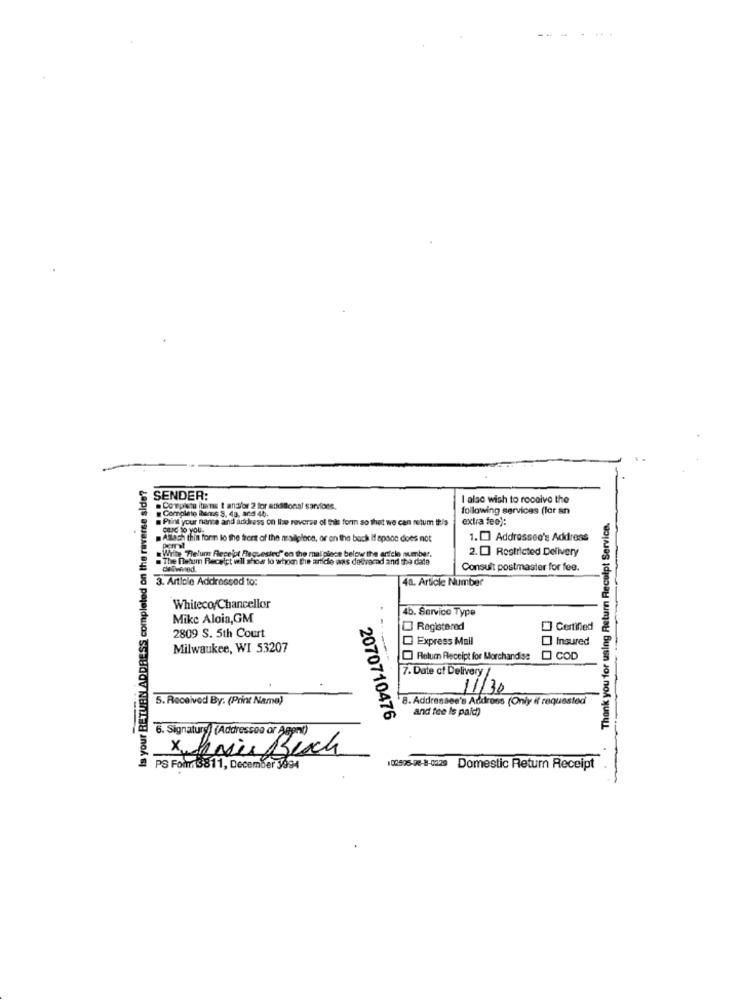
Is your RETURN ADDRESS completed on the reverse side?
SENDER:
I also wish to receive the
. Compisto itens t andfor 2 for additional sarviose.
. Completo Bonne S. 48, and 44.
following services (for an
Print your nance and address on line reverse of this form so that we can netum this
extra fee):
Thank you for using Return Receipt Service.
Cond to YOU.
Allach this form lo the trees of the mailpleca, or on the back If space does not
1. Addressee's Address
Poml
Write Thelum Receipt Requested" on the malpince below the anicle number.
2.[] Restricted Delivery
The Datum Receipt will show lo whom the article was delivered and the date
deOwned.
Consult postmaster for fee.
3. Article Addressed to:
........
48. Article Number
Whiteco/Chancellor
46. Service Type
Mike Aloia,GM
2809 S. 5th Court
Registered
] Certified
Express Mail
Insured
Milwaukee, WI 53207
- ----
Return Receipt for Merchandise
COD
7. Date of Delivery !
11/30
5. Received By. (Print Name)
8. Addressee's Address (Only if requested
and fee Is paid)
2070710476
6. Signature) (Addressed or Asp
Jewis Bech
PS Form3811, December 3994
104595-28-8-0229 Domestic Return Receipt